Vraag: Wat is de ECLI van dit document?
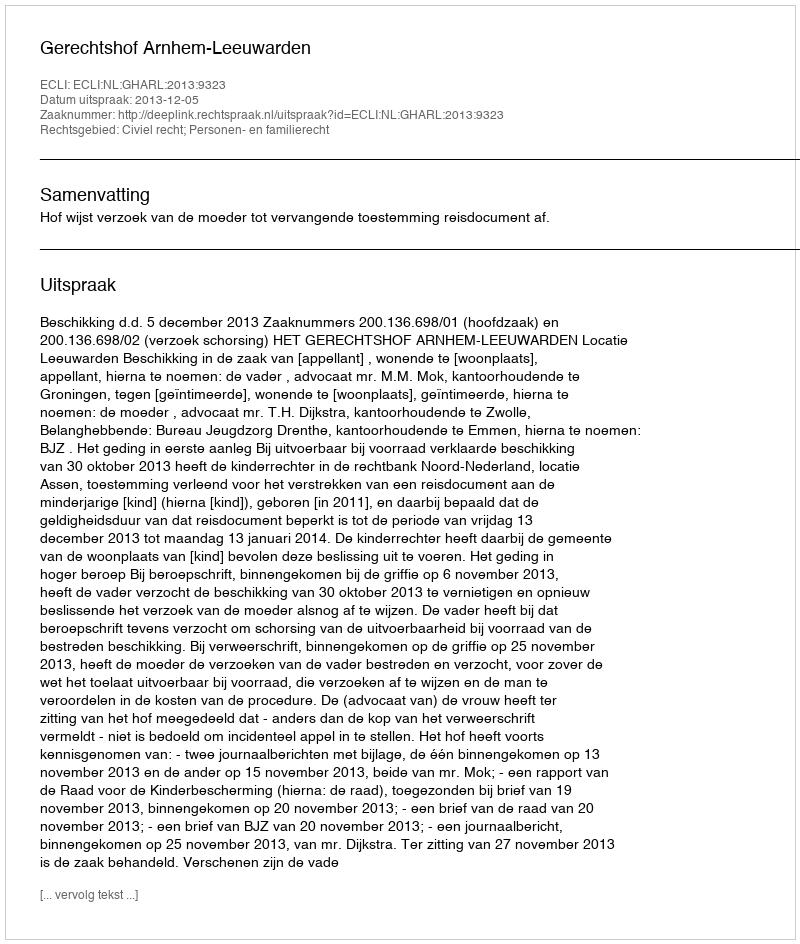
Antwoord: ECLI:NL:GHARL:2013:9323